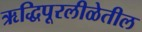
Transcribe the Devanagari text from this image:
ऋद्धिपूरलीळेतील